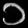
Digit: ၁